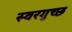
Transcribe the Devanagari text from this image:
स्वरगुच्छ